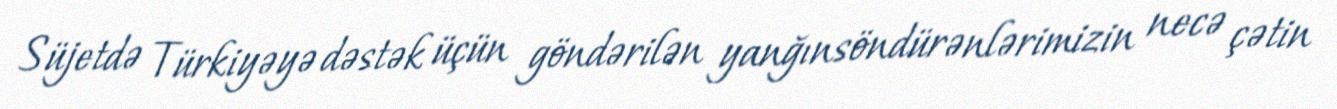
Süjetdə Türkiyəyə dəstək üçün göndərilən yanğınsöndürənlərimizin necə çətin